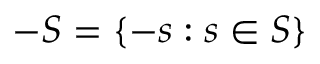
- S = \{ - s : s \in S \}